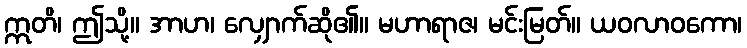
ဣတိ၊ ဤသို့။ အာဟ၊ လျှောက်ဆို၏။ မဟာရာဇ၊ မင်းမြတ်။ ယဝလာဝကော၊